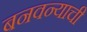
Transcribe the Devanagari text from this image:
बनवन्याची